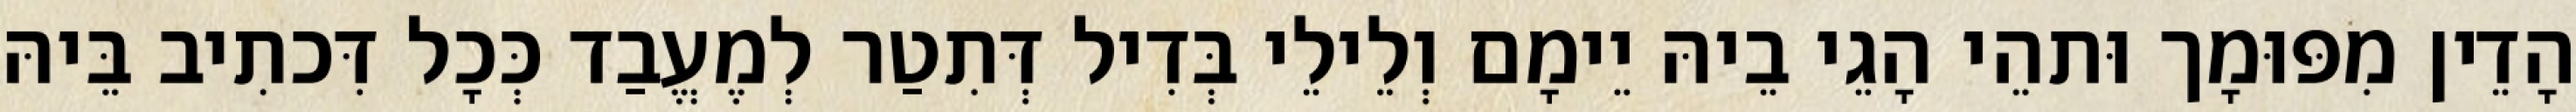
הָדֵין מִפּוּמָך וּתהֵי הָגֵי בֵיהּ יֵימָם וְלֵילֵי בְּדִיל דְּתִטַר לְמֶעֱבַד כְּכָל דִּכתִיב בֵּיהּ